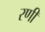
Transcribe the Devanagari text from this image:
रणीं